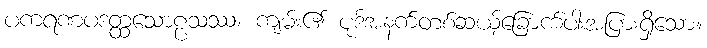
ပကရဏပဒတ္ထသောဠသဿ၊ ကျမ်း၏ ပုဒ်အနက်တစ်ဆယ့်ခြောက်ပါးအပြားရှိသော။